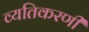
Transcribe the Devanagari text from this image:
व्यतिकरणी